Report on sanitation, dispensaries, and jails in Rajputana for 1911, and on vaccination for the year 1911-1912 - 1911-1912
Year: 1911
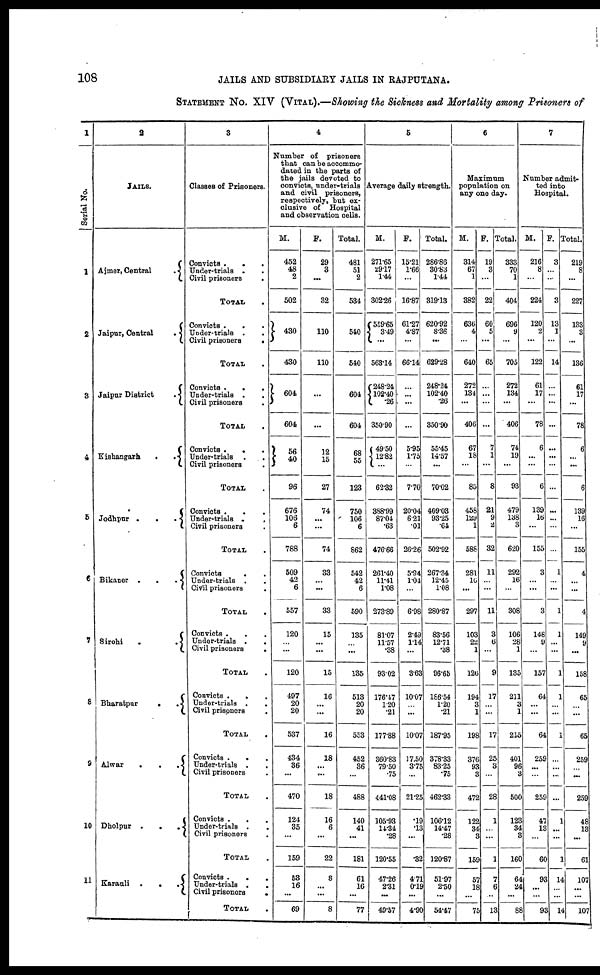
108
JAILS AND SUBSIDIARY JAILS IN RAJPUTANA.
STATEMENT No. XIV (VITAL).—Showing the Sickness and Mortality among Prisoners of
1
Serial No.
1
2
3
4
5
6
7
8
9
10
11
2
JAILS.
Ajmer, Central
.
Jaipur, Central
.
Jaipur District
.
Kishangarh
.
Jodhpur .
.
.
Bikaner .
.
.
Sirohi
.
.
Bharatpur
.
.
Alwar
.
.
.
Dholpur .
.
.
Karauli .
.
.
3
Classes of Prisoners.
Convicts . . .
Under-trials . .
Civil prisoners
.
TOTAL .
Convicts .
.
.
Under-trials . .
Civil prisoners
.
TOTAL .
Convicts . . .
Under-trials . .
Civil prisoners .
TOTAL .
Convicts .
. .
Under-trials .
.
Civil prisoners
.
TOTAL .
Convicts . . .
Under-trials .
.
Civil prisoners .
TOTAL .
Convicts
. . .
Under-trials . .
Civil prisoners .
TOTAL .
Convicts . . .
Under trials .
.
Civil prisoners
.
TOTAL .
Convicts .
. .
Under-trials .
.
Civil prisoners
.
TOTAL .
Convicts .
. .
Under trials .
.
Civil prisoners .
TOTAL .
Convicts .
. .
Under-trials .
.
Civil prisoners .
TOTAL .
Convicts .
.
.
Under-trials .
.
Civil prisonors
.
TOTAL .
4
Number of prisoners
that can be accommo-
dated in the parts of
the jails devoted to
convicts, under-trials
and civil prisoners,
respectively, but ex-
clusive of Hospital
and observation cells.
M.
452
48
2
502
430
430
604
604
56
40
96
676
106
6
788
509
42
6
557
120
... ...
120
497
20
20
537
434
36
...
470
124
35
...
159
53
16
...
69
F.
29
3
...
32
110
110
...
...
12
15
27
74
...
...
74
33
...
...
33
15
...
...
15
16
... ...
16
18
...
...
18
16
6
...
22
8
...
...
8
Total.
481
51
2
534
540
540
604
604
68
55
123
750
106
6
862
542
42
6
590
135
... ...
135
513
20
20
553
452
36
...
488
140
41
...
181
61
16
...
77
5
Average daily strength.
M.
271.65
29.17
1.44
302.26
559.65
3.49
...
563.14
248.24
102.40
.26
350.90
49.50
12.82
...
62.32
388.99
87.04
.63
476.66
261.40
11.41
1.08
273.89
81.07
11.57
.38
93.02
176.47
1.20
.21
177.88
360.83
79.50
.75
441.08
105.93
14.34
.28
120.55
47.26
2.31
...
49.57
F.
15.21
1.66
...
16.87
61.27
4.87
...
66.14
...
...
...
...
5.95
1.75
...
7.70
20.04
6.21
.01
26.26
5.94
1.04
...
6.98
2.49
1.14
...
3.63
10.07
... ...
10.07
17.50
3.75
...
21.25
.19
.13
...
.32
4.71
0.19
...
4.90
Total.
286.86
30.83
1.44
319.13
620.92
8.36
...
629.28
248.24
102.40
.26
350.90
55.45
14.57
...
70.02
409.03
93.25
.64
502.92
267.34
12.45
1.08
280.87
83.56
12.71
.38
96.65
186.54
1.20
.21
187.95
378.33
83.25
.75
462.33
106.12
14.47
.28
120.87
51.97
2.50
...
54.47
6
Maximum
population on
any one day.
M.
314
67
1
382
636
4
...
640
272
134
...
406
67
18 ...
85
458
129
1
588
281
16
...
297
103
22
1
126
194
3
1
198
376
93
3
472
122
34
3
159
57
18
...
75
F.
19
3
...
22
60
5
...
65
...
...
...
...
7
1
...
8
21
9
2
32
11
...
...
11
3
6
...
9
17
... ...
17
25
3
...
28
1
... ...
1
7
6
...
13
Total.
333
70
1
404
696
9
...
705
272
134
...
406
74
... ...
93
479
138
3
620
292
16
...
308
106
28
1
135
211
3
1
215
401
96
3
500
123
34 3
160
64
24
...
88
7
Number admit-
ted into
Hospital.
M.
216
8
...
224
120
2
...
122
61
17
...
78
6
...
...
6
139
16
...
155
3
...
...
3
146
9
...
157
64
...
...
64
259
...
...
259
47
13
...
60
93
...
...
93
F.
3
...
...
3
13
1
...
14
...
...
...
...
...
...
...
...
...
...
...
...
1
...
...
1
1
...
...
1
1
... ...
1
...
...
...
...
1
... ...
1
14
...
...
14
Total.
219
8
...
227
133
3
...
136
61
17
...
78
6
...
...
6
139
16
...
155
4
...
...
4
149
9
...
158
65
... ...
65
259
...
...
259
48
13
...
61
107
...
...
107